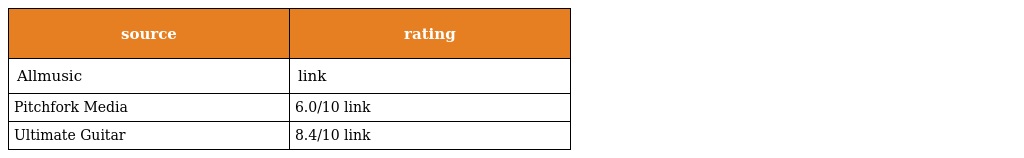
| source | rating |
 | --- | --- |
 | Allmusic | link |
 | Pitchfork Media | 6.0/10 link |
 | Ultimate Guitar | 8.4/10 link |